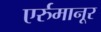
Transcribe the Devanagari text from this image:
एर्रुमानूर